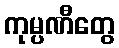
ကုမ္ပဏီတွေ